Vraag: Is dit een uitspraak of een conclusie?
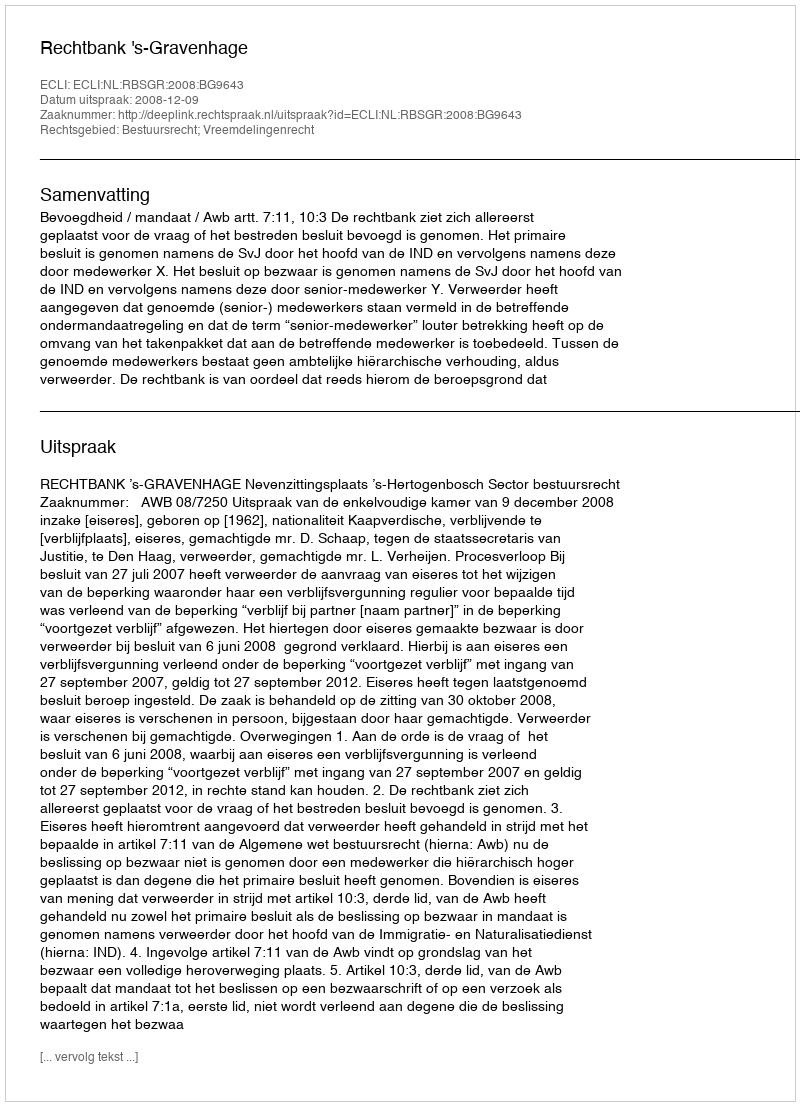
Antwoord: Uitspraak